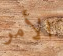
الأمر